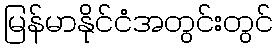
မြန်မာနိုင်ငံအတွင်းတွင်